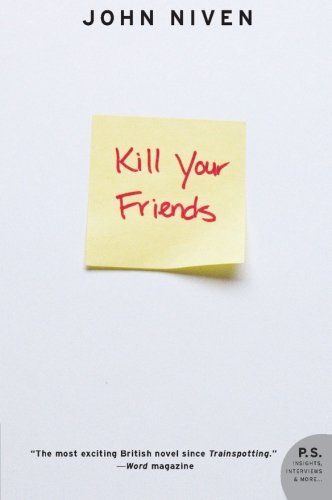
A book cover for Kill Your Friends: A Novel; John Niven; Literature & Fiction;